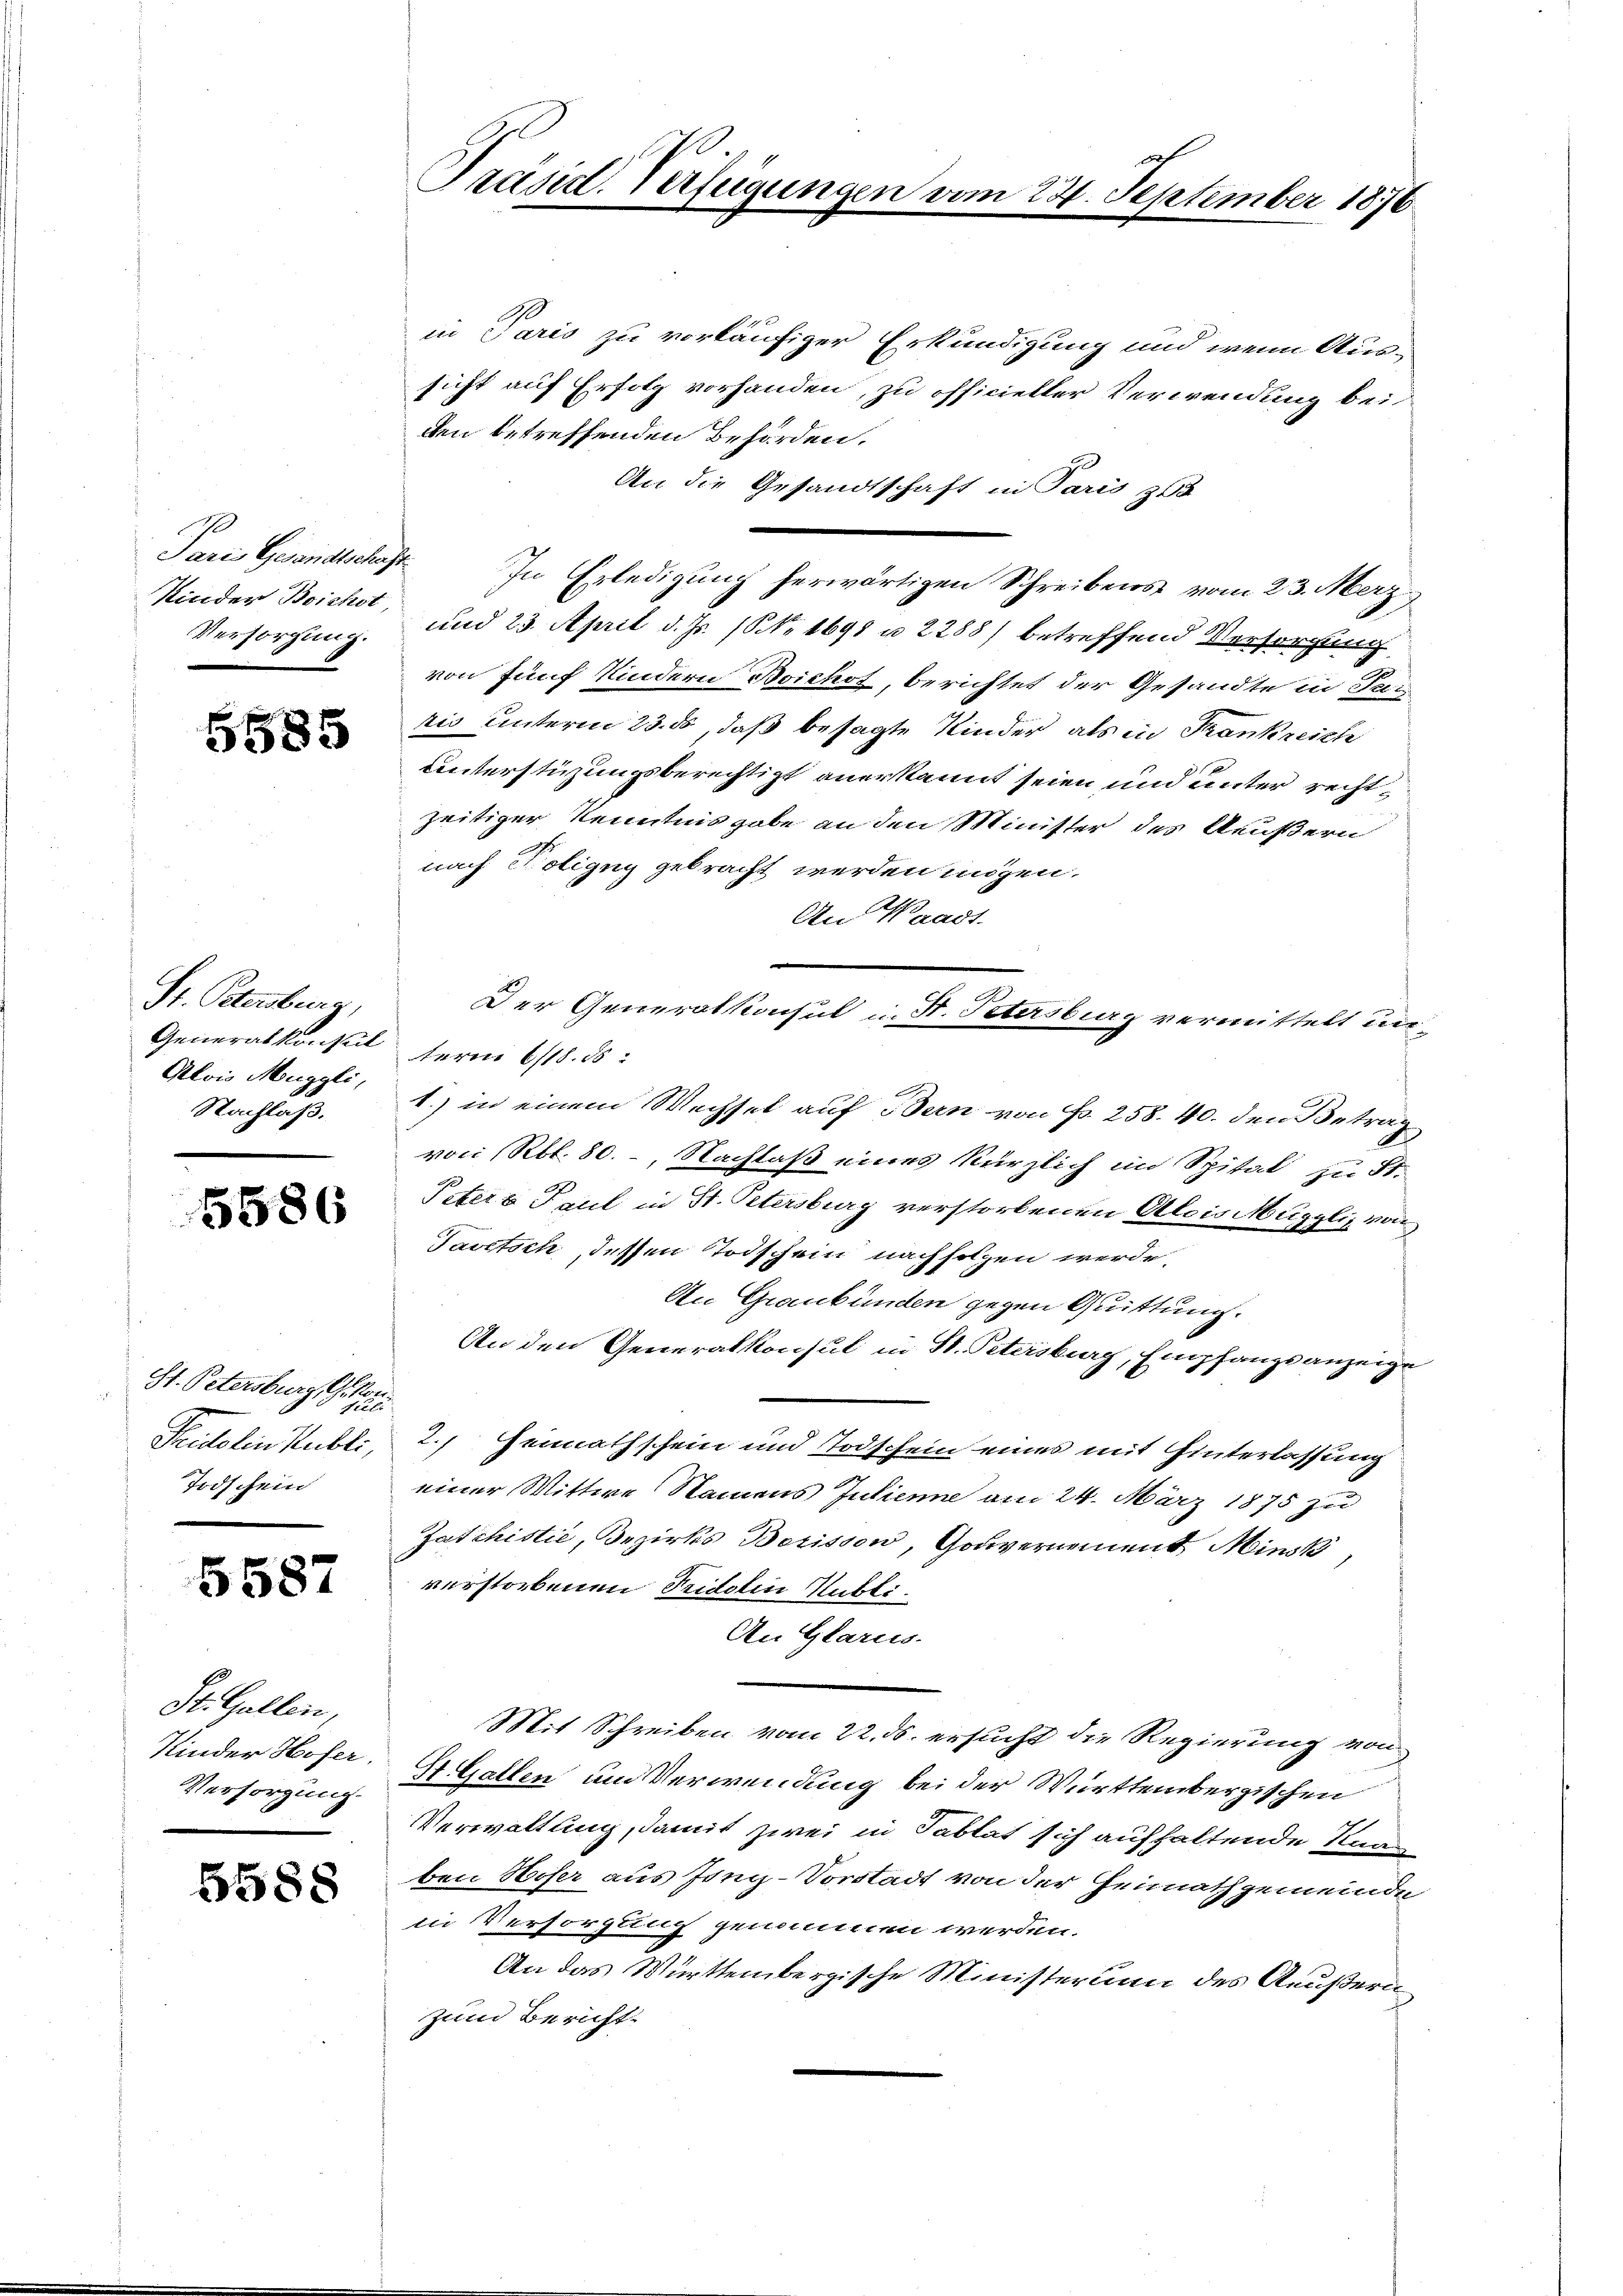
Kinder Beichst,

5585

St. Petersburg,
Generalkonseit fern 6/18. 85:
Nachläß.

5586

St. Petersburg G. No.
Todschein

5587

St. Gallen,
Versorgung.

5588

in Paris zu vorläufiger Erkundigung und wenn Aussicht auf Erfolg vorhanden, zu officieller Verwendung bei
den betreffenden Behörden.
An die Gesandtschaft in Paris zu
Pare Gesandtschaft. In Erledigung herwärtigen Schreibens vom 23. März
Versorgung und 23. April d. Js. (Nr. 1691 u 2288) betreffend Versorgung
von fünf Kindern Boichof, berichtet der Gesandte in Ta
tio unterm 23. ds, daß besagte Kinder, als in Frankreich
Unterstüzungsberechtigt anerkannt seien und unter rechtzeitiger Kenntnis gabe an den Minister des Aeußern
nach Poligny gebracht werden mögen.
An Waadt.
Alois Muggli, 1.) in einem Wechsel auf Bern von Fr. 258. 40. den Betrag
von Rbl. 80. - Nachlaß eines kürzlich im Spital zu St.
Paters Paul in St. Petersburg verstorbenen Alois Muggli von
Tavitsch, dessen Todschein nachfolgen werde,
An Graubünden gegen Quittung.
An den Generalkonsul in St. Petersburg, Empfangsanzeige
e
Pridolinsubli, 2.) Heimathschein und Todschein eines mit Hinterlassung
einer Wittwe Namens Julienne am 24. März 1875 zu
Jaschistić, Bezirks Berisson, Gouvernoment Minsk
verstorbenen Tridolin Hubli
An Glarus
Mit Schreiben vom 22. ds. ersucht die Regierung von
Kinder Hofer. St. Gallen um Verwendung bei der Württembergischen
Verwaltung, damit zwei in Tablat sich aufhaltende Knaben Hoser aus Jong-Vorstadt von der Heimathgemeinde
in Versorgung genommen werden.
An das Württembergische Ministerium des Aeußernzum Bericht.

Präsid. Verfügungen vom 23. September 1870

Der Generalkonsul in St. Petersburg vermittelt un¬